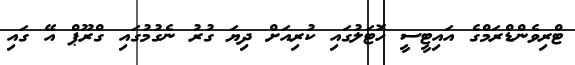
ޓްރިވެންޑްރަމްގެ އައިޓީސީ ހޮޓަލުގަައި ކުރިއަށް ދިޔަ ގުރު ނެގުމުގައި ގްރޫޕް އޭ ގައި